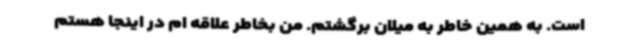
است. به همین خاطر به میلان برگشتم. من بخاطر علاقه ام در اینجا هستم